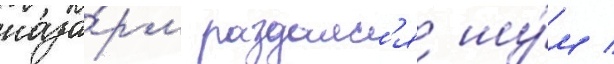
каза́рм раздалс'я шу́м /